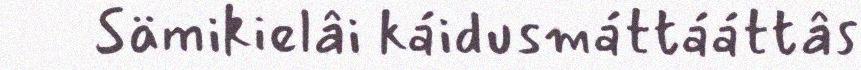
Sämikielâi káidusmáttááttâs